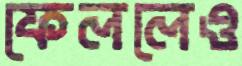
ফেললেও